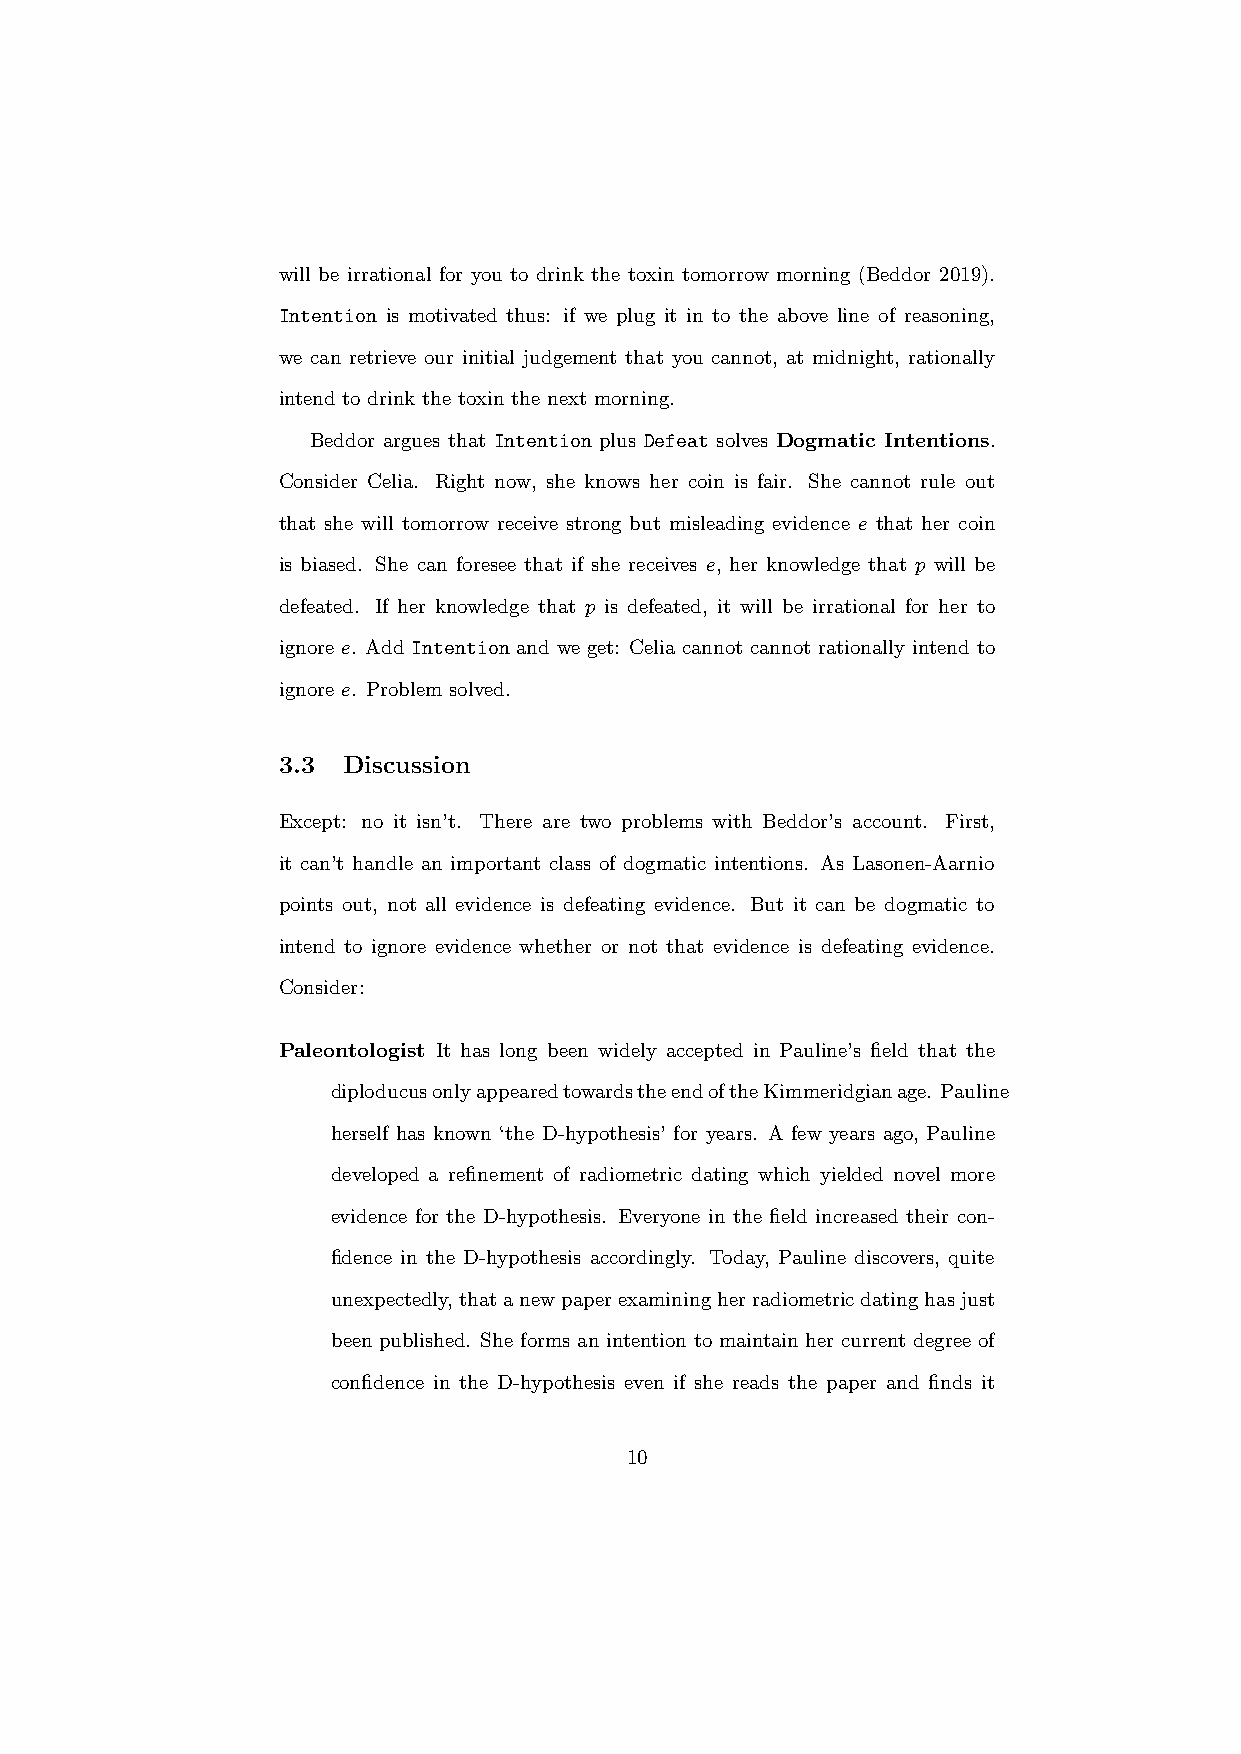
will be irrational for you to drink the toxin tomorrow morning (Beddor 2019).
 Intention is motivated thus: if we plug it in to the above line of reasoning,
 we can retrieve our initial judgement that you cannot, at midnight, rationally
 intend to drink the toxin the next morning.
 Beddor argues that Intention plus Defeat solves Dogmatic Intentions.
 Consider Celia. Right now, she knows her coin is fair. She cannot rule out
 that she will tomorrow receive strong but misleading evidence e that her coin
 is biased. She can foresee that if she receives e, her knowledge that p will be
 defeated. If her knowledge that p is defeated, it will be irrational for her to
 ignore e. Add Intention and we get: Celia cannot cannot rationally intend to
 ignore e. Problem solved.
 3.3  Discussion
 Except: no it isn’t. There are two problems with Beddor’s account. First,
 it can’t handle an important class of dogmatic intentions. As Lasonen-Aarnio
 points out, not all evidence is defeating evidence. But it can be dogmatic to
 intend to ignore evidence whether or not that evidence is defeating evidence.
 Consider:
 Paleontologist It has long been widely accepted in Pauline’s field that the
 diploducusonlyappearedtowardstheendoftheKimmeridgianage. Pauline
 herself has known ‘the D-hypothesis’ for years. A few years ago, Pauline
 developed a refinement of radiometric dating which yielded novel more
 evidence for the D-hypothesis. Everyone in the field increased their con-
 fidence in the D-hypothesis accordingly. Today, Pauline discovers, quite
 unexpectedly,thatanewpaperexaminingherradiometricdatinghasjust
 been published. She forms an intention to maintain her current degree of
 confidence in the D-hypothesis even if she reads the paper and finds it
 10